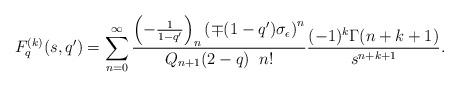
LaTeX: \begin{align*}F_{q}^{(k)}(s,q^{\prime}) = \displaystyle \sum_{n=0}^{\infty} \frac{\left( - \frac{1}{1-q^{\prime}}\right)_{n} \left( \mp (1-q^{\prime}) \sigma_{\epsilon}\right)^{n}}{Q_{n+1}(2-q) \;\; n!} \frac{(-1)^{k} \Gamma(n+k+1)}{s^{n+k+1}}.\end{align*}